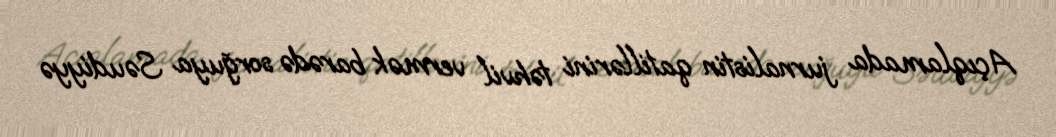
Açıqlamada jurnalistin qatillərini təhvil vermək barədə sorğuya Səudiyyə